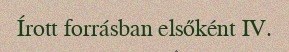
Írott forrásban elsőként IV.